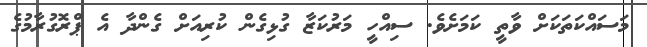
މަސައްކަތަކަށް ވާތީ ކަމަށެވެ. ސިއްހީ މަރުކަޒާ ގުޅިގެން ކުރިއަށް ގެންދާ އެ ޕްރޮގުރާމުގެ